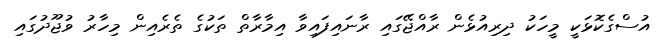
އުސްގެކޮޅަކީ މީހަކު ދިރިއުޅެން ރާއްޖޭގައި ރާނައިފައިވާ އިމާރާތް ތަކުގެ ތެރެއިން މިހާރު ވުޖޫދުގައި